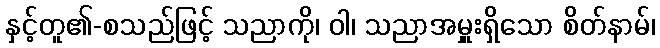
နှင့်တူ၏-စသည်ဖြင့် သညာကို၊ ဝါ၊ သညာအမှူးရှိသော စိတ်နာမ်၊